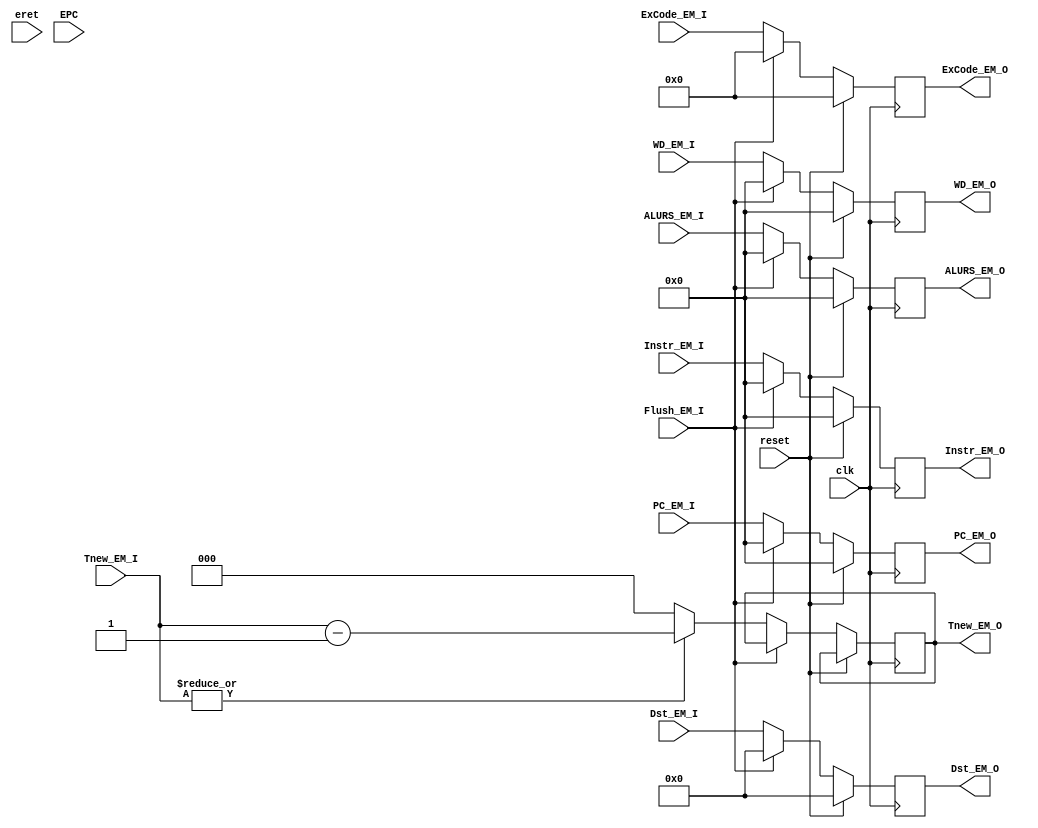
`timescale 1ns / 1ps
module EMReg(
    input clk,
    input reset,
	 input Flush_EM_I,
    input [31:0] Instr_EM_I,
	 input [8:2] ExCode_EM_I,
    input [31:0] PC_EM_I,
    input [31:0] ALURS_EM_I,
    input [31:0] WD_EM_I,
    input [4:0] Dst_EM_I,
	 input [2:0] Tnew_EM_I,
	 input eret,
	 input [31:0] EPC,
	 output reg [31:0] Instr_EM_O,
    output reg [31:0] PC_EM_O,
    output reg [31:0] ALURS_EM_O,
    output reg [31:0] WD_EM_O,
    output reg [4:0] Dst_EM_O,
	 output reg [2:0] Tnew_EM_O,
	 output reg [8:2] ExCode_EM_O
    );
	 initial begin
		Instr_EM_O <= 32'h0000_0000;
		PC_EM_O    <= 32'h0000_0000;
		Dst_EM_O   <= 5'b00000;
		ALURS_EM_O <= 0;
		WD_EM_O    <= 0;
		Dst_EM_O   <= 0;
		Tnew_EM_O  <= 0;
		ExCode_EM_O <= 0;
	 end
    always @(posedge clk)begin
		 if(reset)begin
			Instr_EM_O <= 32'h0000_0000;
			PC_EM_O    <= 0;
			ALURS_EM_O <= 0;
			WD_EM_O    <= 0;
			Dst_EM_O   <= 0;
			ExCode_EM_O <= 0;
		 end
		 else begin
			if(Flush_EM_I)begin
				Instr_EM_O <= 32'h0000_0000;
				PC_EM_O    <= 0;
				ALURS_EM_O <= 0;
				WD_EM_O    <= 0;
				Dst_EM_O   <= 0;
				ExCode_EM_O <= 0;
			end
			else begin
				Instr_EM_O <= Instr_EM_I;
				PC_EM_O    <= PC_EM_I;
				ALURS_EM_O <= ALURS_EM_I;
				WD_EM_O    <= WD_EM_I;
				Dst_EM_O   <= Dst_EM_I;
				ExCode_EM_O <= ExCode_EM_I;
				Tnew_EM_O  <= (|Tnew_EM_I)? Tnew_EM_I-1 : 0;
			end
	    end
	 end
	 
endmodule